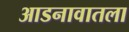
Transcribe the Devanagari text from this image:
आडनावातला